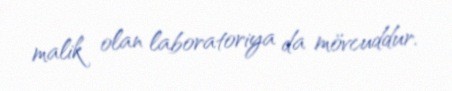
malik olan laboratoriya da mövcuddur.